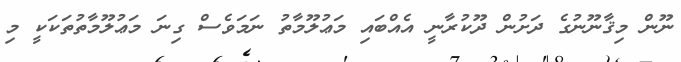
ނޫން މިޤާނޫނުގެ ދަށުން ދޫކުރާނީ އެއްބައި މަޢުލޫމާތު ނަމަވެސް ގިނަ މަޢުލޫމާތުތަކަކީ މި